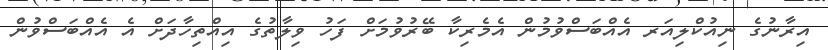
އިރާނުގެ ނިއުކްލިއަރ އެއްބަސްވުމުން އެމެރިކާ ބޭރުވުމަށް ފަހު ވިލާތުގެ އިއްތިހާދަށް އެ އެއްބަސްވުން